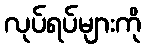
လုပ်ရပ်များကို